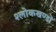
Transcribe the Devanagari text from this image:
श्लोकखण्डों